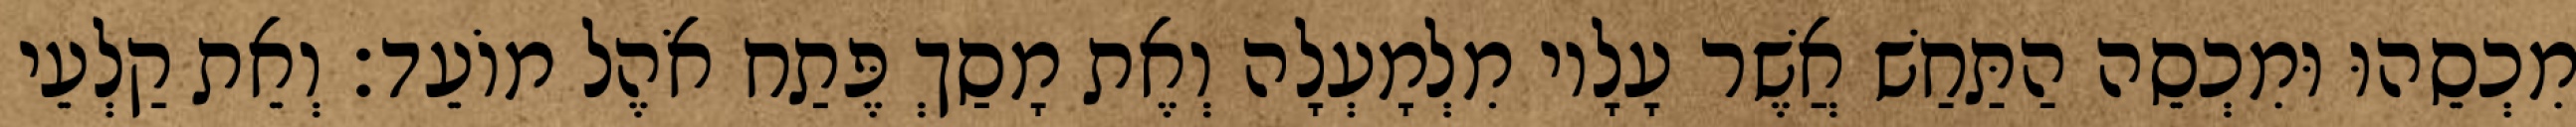
מִכְסֵהוּ וּמִכְסֵה הַתַּחַשׁ אֲשֶׁר עָלָיו מִלְמָעְלָה וְאֶת מָסַךְ פֶּתַח אֹהֶל מוֹעֵד׃ וְאֵת קַלְעֵי